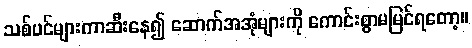
သစ်ပင်များကာဆီးနေ၍ ဆောက်အအုံများကို ကောင်းစွာမမြင်ရတော့။